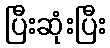
ပြီးဆုံးပြီး